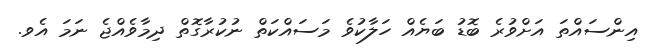
އިންސައްތަ އަށްވުރެ ބޮޑު ބަޔެއް ހަލާކުވެ މަސައްކަތް ނުކުރާގޮތް ދިމާވެއްޖެ ނަމަ އެވ.